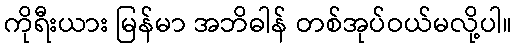
ကိုရီးယား မြန်မာ အဘိဓါန် တစ်အုပ်ဝယ်မလို့ပါ။